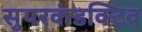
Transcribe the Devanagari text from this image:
सुपरकंडक्टिव